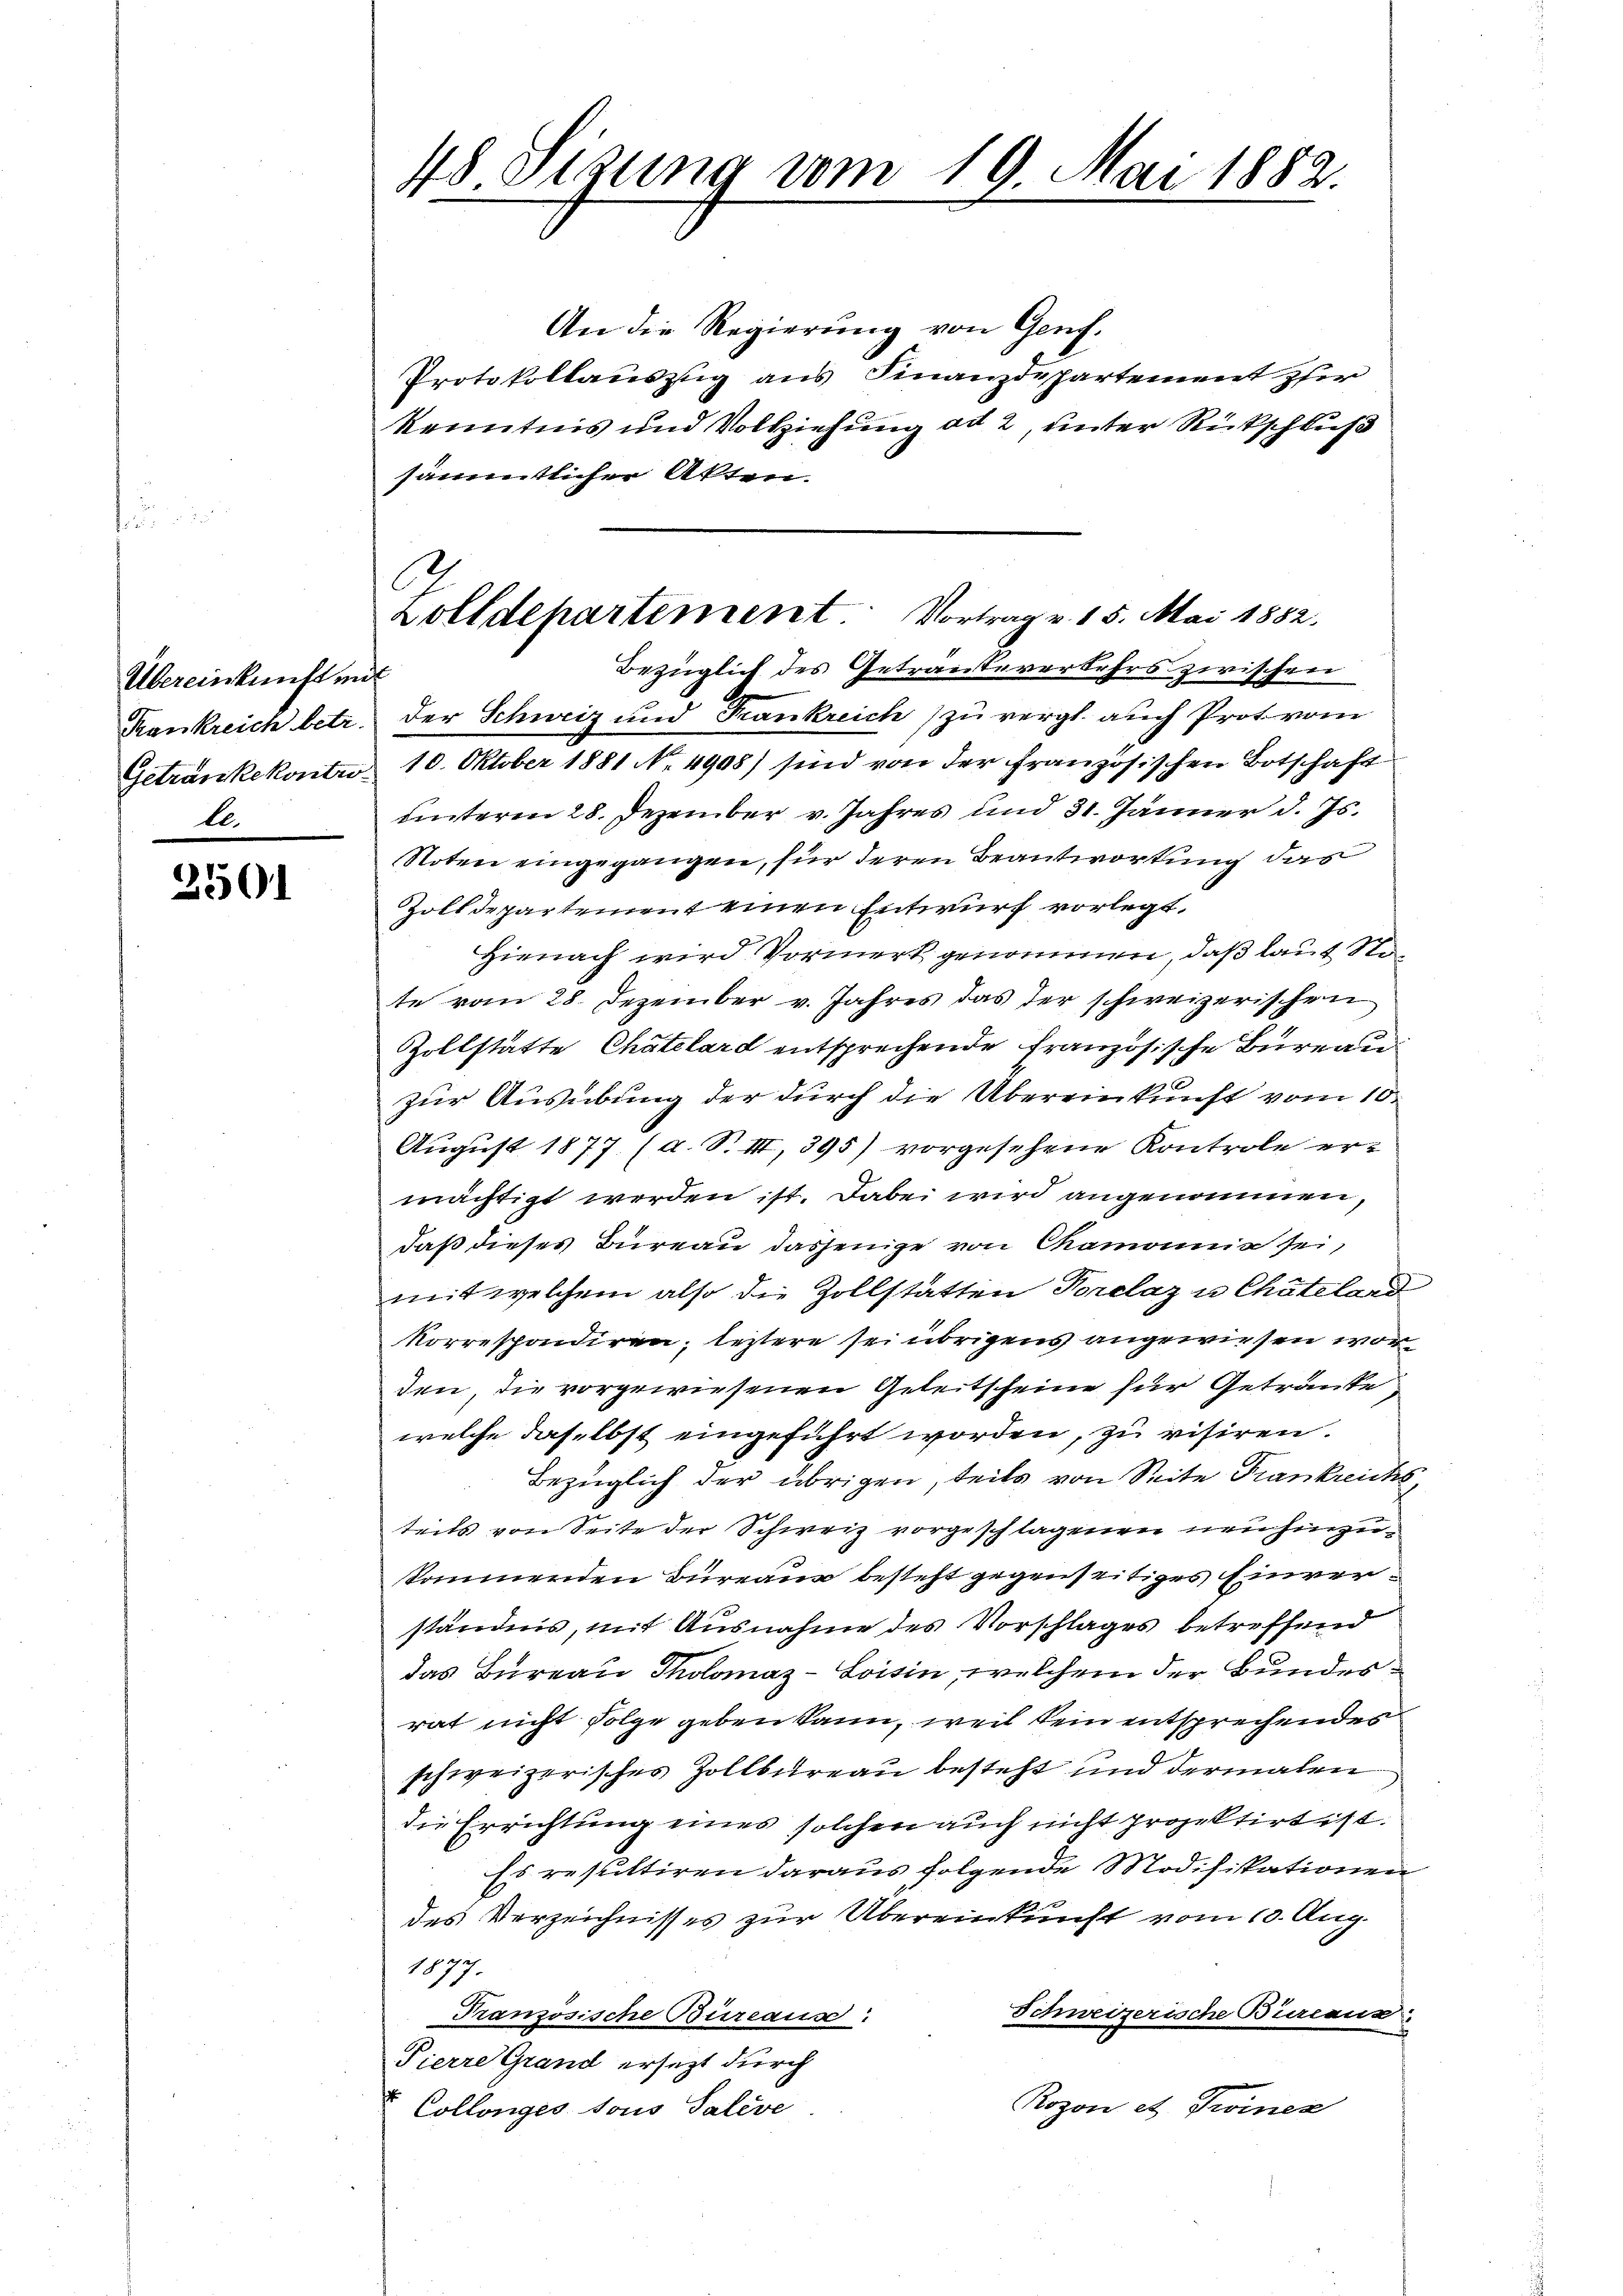
Übereinkunft en
Kankreich betr.
Getränkekontro
l.

3501

48 Sizung vom 19. Mai 1882.

2
Zolldepartement. Vortrag v. 15. Mai 1882.

An die Regierung von Genf.
Protokollauszug aus Finanzdepartement zur
kenntnis und Vollziehung ad 2, unter Rückschluß
sämmtlicher Akten.
Bezüglich des Getrauteverkehrs zwischen
de
der Schweiz und Frankreich zu vergl. auch Prot vom
10. Oktober 1881 No. 4908) sind von der Französischen Botschaft
unteren 28. Dezember v. Jahres und 31. Jänner d. Js.
Noten eingegangen, für deren Beantwortung das
Zolldepartement einen Entwurf vorlegt.
Hienach wird Vormerk genommen, daß laut Ste
te vom 28. Dezember v. Jahres das der schweizerischen
Zollstätte Chatelard entsprechende französische Bureau
zur Ausübung der durch die Übereinkunft vom 10.
August 1877. (a. S. III, 395) vorgesehene Kontrole ermächtigt werden ist. Dabei wird angenommen,
daß dieses Bureau dasjenige von Chamonnie sei,
mit welchem also die Zollstatten Porclaz u Chäteland
korrespondiren; leztere sei übrigens angewiesen wor
den, die vorgewiesenen Geleitscheine für Getränke
welche daselbst eingeführt worden, zu visiren.
Bezüglich der übrigen, teils von Seite Frankreichs
teits von Seite der Schweiz vorgeschlagenen neu hinzukommenden Bureaur besteht gegenseitiges Einverständnis, mit Ausnahme des Vorschlages betreffend
das Bureau Tholomaz-Loisin, welchem der Bundesrat nicht folge geben kann, weil kein entsprechendes
schweizerisches Zollbureau besteht und dermalen
die Errichtung eines solchen auch nicht projektirt ist:
Es resultiren daraus folgende Modifikationen
des Verzeichnisses zur Übereinkunft vom 10. Aug.
1877.
Schweizerische Bureaus:
Französische Bureaus:
Pierre Grand ersezt durch
Rozon et Promen
Collenges sous Taleve